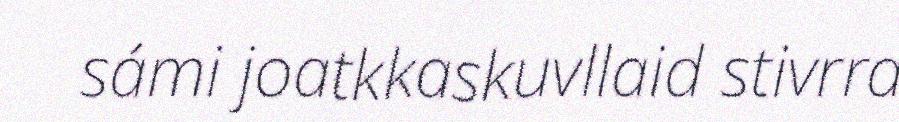
sámi joatkkaskuvllaid stivrra